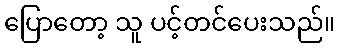
ပြောတော့ သူ ပင့်တင်ပေးသည်။